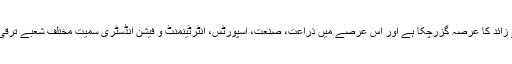
پاکستان کے قیام کو 70 برس سے زائد کا عرصہ گزرچکا ہے اور اس عرصے میں ذراعت، صنعت، اسپورٹس، انٹرٹینمنٹ و فیشن انڈسٹری سمیت مختلف شعبے ترقی کی کئی منازل طے کرچکے ہیں۔